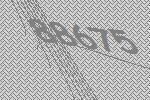
88675